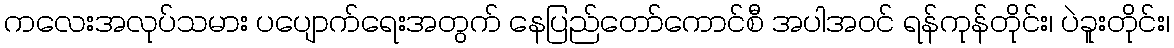
ကလေးအလုပ်သမား ပပျောက်ရေးအတွက် နေပြည်တော်ကောင်စီ အပါအဝင် ရန်ကုန်တိုင်း၊ ပဲခူးတိုင်း၊